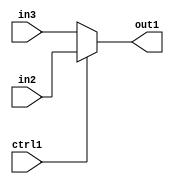
`timescale 1ps / 1ps
/*****************************************************************************
    Verilog RTL Description
    
    
    Created by: Stratus DpOpt 2019.1.01 
*******************************************************************************/

module feature_write_addr_gen_N_Mux_32_2_27_4 (
	in3,
	in2,
	ctrl1,
	out1
	); /* architecture "behavioural" */ 
input [31:0] in3,
	in2;
input  ctrl1;
output [31:0] out1;
wire [31:0] asc001;

reg [31:0] asc001_tmp_0;
assign asc001 = asc001_tmp_0;
always @ (ctrl1 or in2 or in3) begin
	case (ctrl1)
		1'B1 : asc001_tmp_0 = in2 ;
		default : asc001_tmp_0 = in3 ;
	endcase
end

assign out1 = asc001;
endmodule

/* CADENCE  uLn3Sgs= : u9/ySgnWtBlWxVPRXgAZ4Og= ** DO NOT EDIT THIS LINE ******/